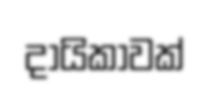
දායිකාවක්